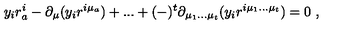
y _ { i } r _ { a } ^ { i } - \partial _ { \mu } ( y _ { i } r ^ { i \mu _ { a } } ) + . . . + ( - ) ^ { t } \partial _ { \mu _ { 1 } . . . \mu _ { t } } ( y _ { i } r ^ { i \mu _ { 1 } . . . \mu _ { t } } ) = 0 \ ,